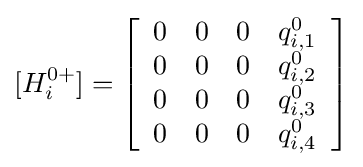
[H_{i}^{0+}]=\left[{\begin{array}{rrrr}0&0&0&q_{i,1}^{0}\\0&0&0&q_{i,2}^{0}\\0&0&0&q_{i,3}^{0}\\0&0&0&q_{i,4}^{0}\\\end{array}}\right]